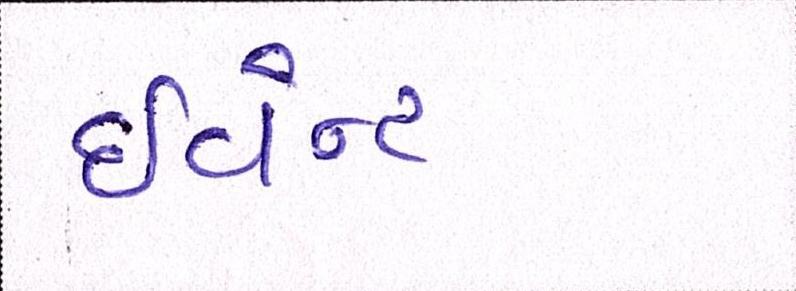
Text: ઈવેન્ટ